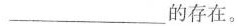
___的存在。